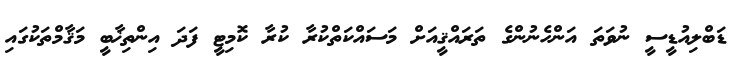
ޑަބްލިއުޑީސީ ނުވަތަ އަންހެނުންގެ ތަރައްޤީއަށް މަސައްކަތްކުރާ ކުރާ ކޮމިޓީ ފަދަ އިންތިޚާބީ މަޤާމްތަކުގައި